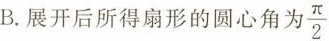
B. 展开后所得扇形的圆心角为 \frac{\pi}{2}